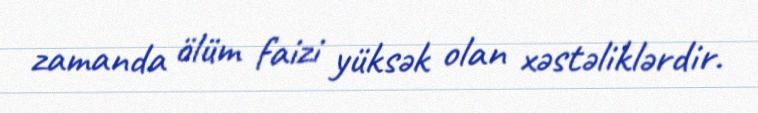
zamanda ölüm faizi yüksək olan xəstəliklərdir.